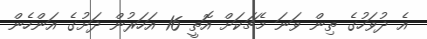
އެ ދުވަހުގެ ތިން ވަނަ މެޗަކަށް އޮތީ 16 އަހަރުން ދަށުގެ އަންހެން